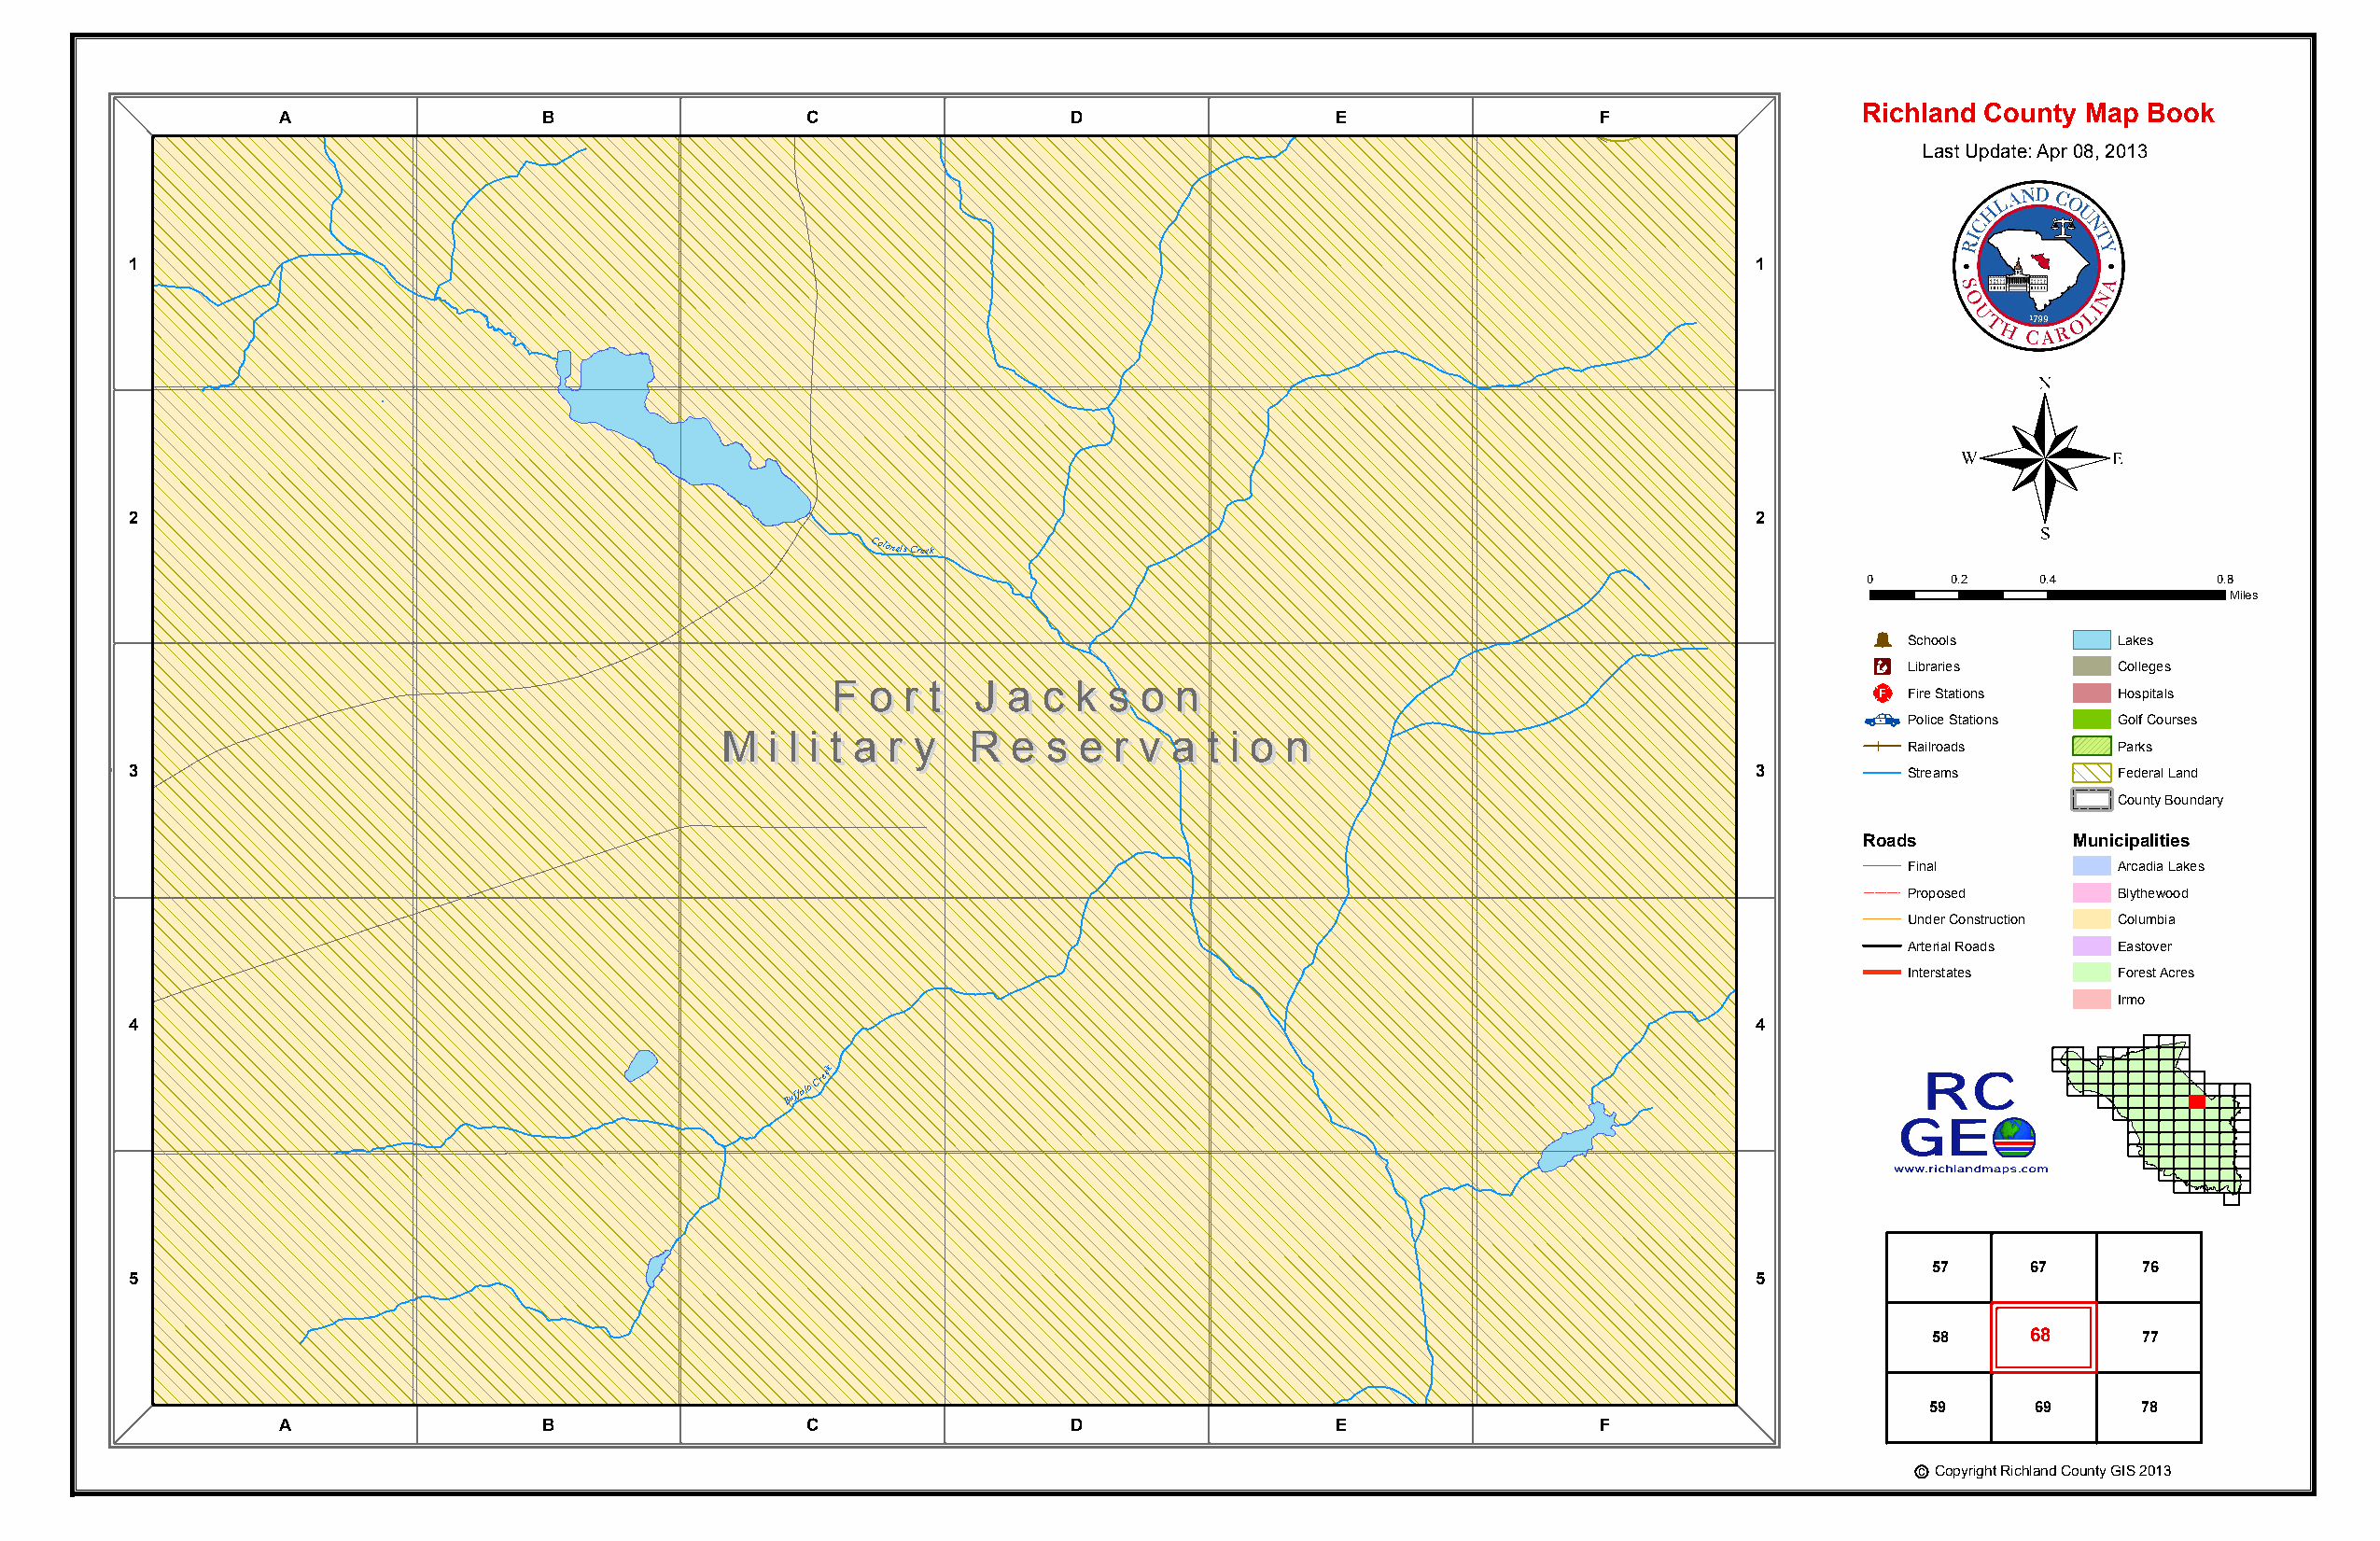
C
 olon
 sle
 C
 reek
 e
 Peake
 Ln
 A                 B                  C                  D                  E                 F          SES -2ac 6gr 8e le am Ri dng tSeiv Richland County Map Book
 Last Update: Apr 08, 2013
 1                                                                                                                   1
 ®
 2                                                                                                                   2
 Colonels
 Creek
 0     0.2    0.4         0.8
 Miles
 Þ
 Schools        Lakes
 Æc
 Libraries      Colleges
 FF oo rr tt JJ aa cc kk ss oo nn
 _¨
 FFFiroeo Statrironstt JJ aa ccHokkspitassls oo nn
 Police Stations Golf Courses
 MM  ii ll ii tt aa rr yy RR ee ss ee rr vv aa tt ii oo nn                  MM ii ll ii tt aRaailrorardsyy RR ee ssPaereks rr vv aa tt ii oo nn
 3                                                                                                                   3         Streams        Federal Land
 County Boundary
 Roads          Municipalities
 Final          Arcadia Lakes
 Proposed       Blythewood
 Under Construction Columbia
 Arterial Roads Eastover
 Interstates    Forest Acres
 Irmo
 4                                                                                                                   4
 Buffalo
 Creek
 57     67      76
 5                                                                                                                   5
 58     68      77
 59     69      78
 A                 B                  C                  D                  E                 F
 c Copyright Richland County GIS 2013